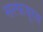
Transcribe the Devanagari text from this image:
सल्फ़यूरस